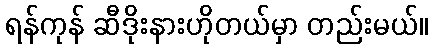
ရန်ကုန် ဆီဒိုးနားဟိုတယ်မှာ တည်းမယ်။